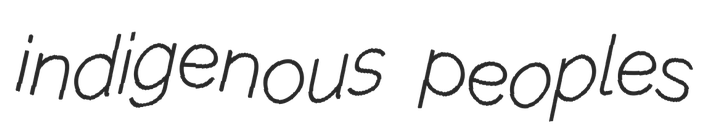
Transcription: indigenous peoples